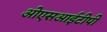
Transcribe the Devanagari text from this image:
ओएसआईटीपी